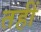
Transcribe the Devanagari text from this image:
तहीं